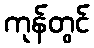
ကုန်တွင်